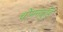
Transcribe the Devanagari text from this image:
चोमनदुडि